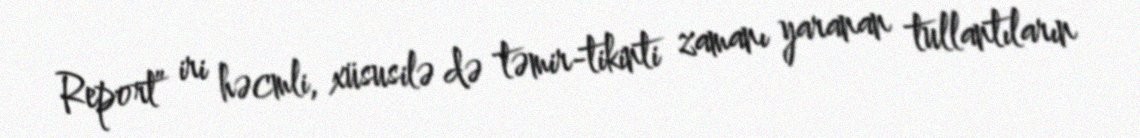
Report” iri həcmli, xüsusilə də təmir-tikinti zamanı yaranan tullantıların